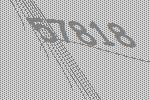
57818